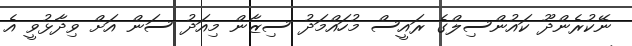
ނޭކުރެންދޫ ކައުންސިލްގެ ރައީސް މުހައްމަދު ސިޒާން މިއަދު ސަން އަށް ވިދާޅުވީ އެ